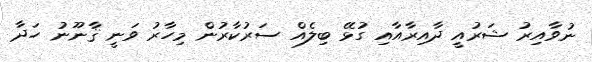
ނުވާއިރު ޝަރުއީ ދާއިރާއާއި ގުޅޭ ބިލެއް ސަރުކާރުން މިހާރު ވަނީ ޤާނޫނު ހަދާ